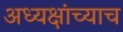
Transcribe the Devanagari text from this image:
अध्यक्षांच्याच